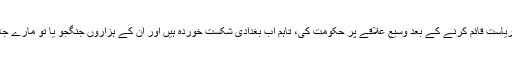
خود ساختہ دولت اسلامیہ نامی ریاست قائم کرنے کے بعد وسیع علاقے پر حکومت کی، تاہم اب بغدادی شکست خوردہ ہیں اور ان کے ہزاروں جنگجو یا تو مارے جا چکے ہیں یا جیلوں میں قید ہیں۔